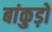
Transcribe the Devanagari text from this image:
बांकुड़ों